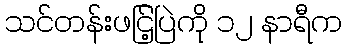
သင်တန်းဖငြ့်ပြဲကို ၁၂ နာရီက